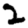
Digit: 2